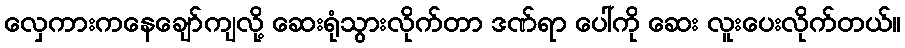
လှေကားကနေချော်ကျလို့ ဆေးရုံသွားလိုက်တာ ဒဏ်ရာ ပေါ်ကို ဆေး လူးပေးလိုက်တယ်။